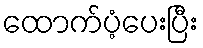
ထောက်ပံ့ပေးပြီး